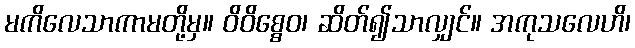
မကိလေသာကာမတို့မှ။ ဝိဝိစ္စေဝ၊ ဆိတ်၍သာလျှင်။ အကုသလေဟိ၊